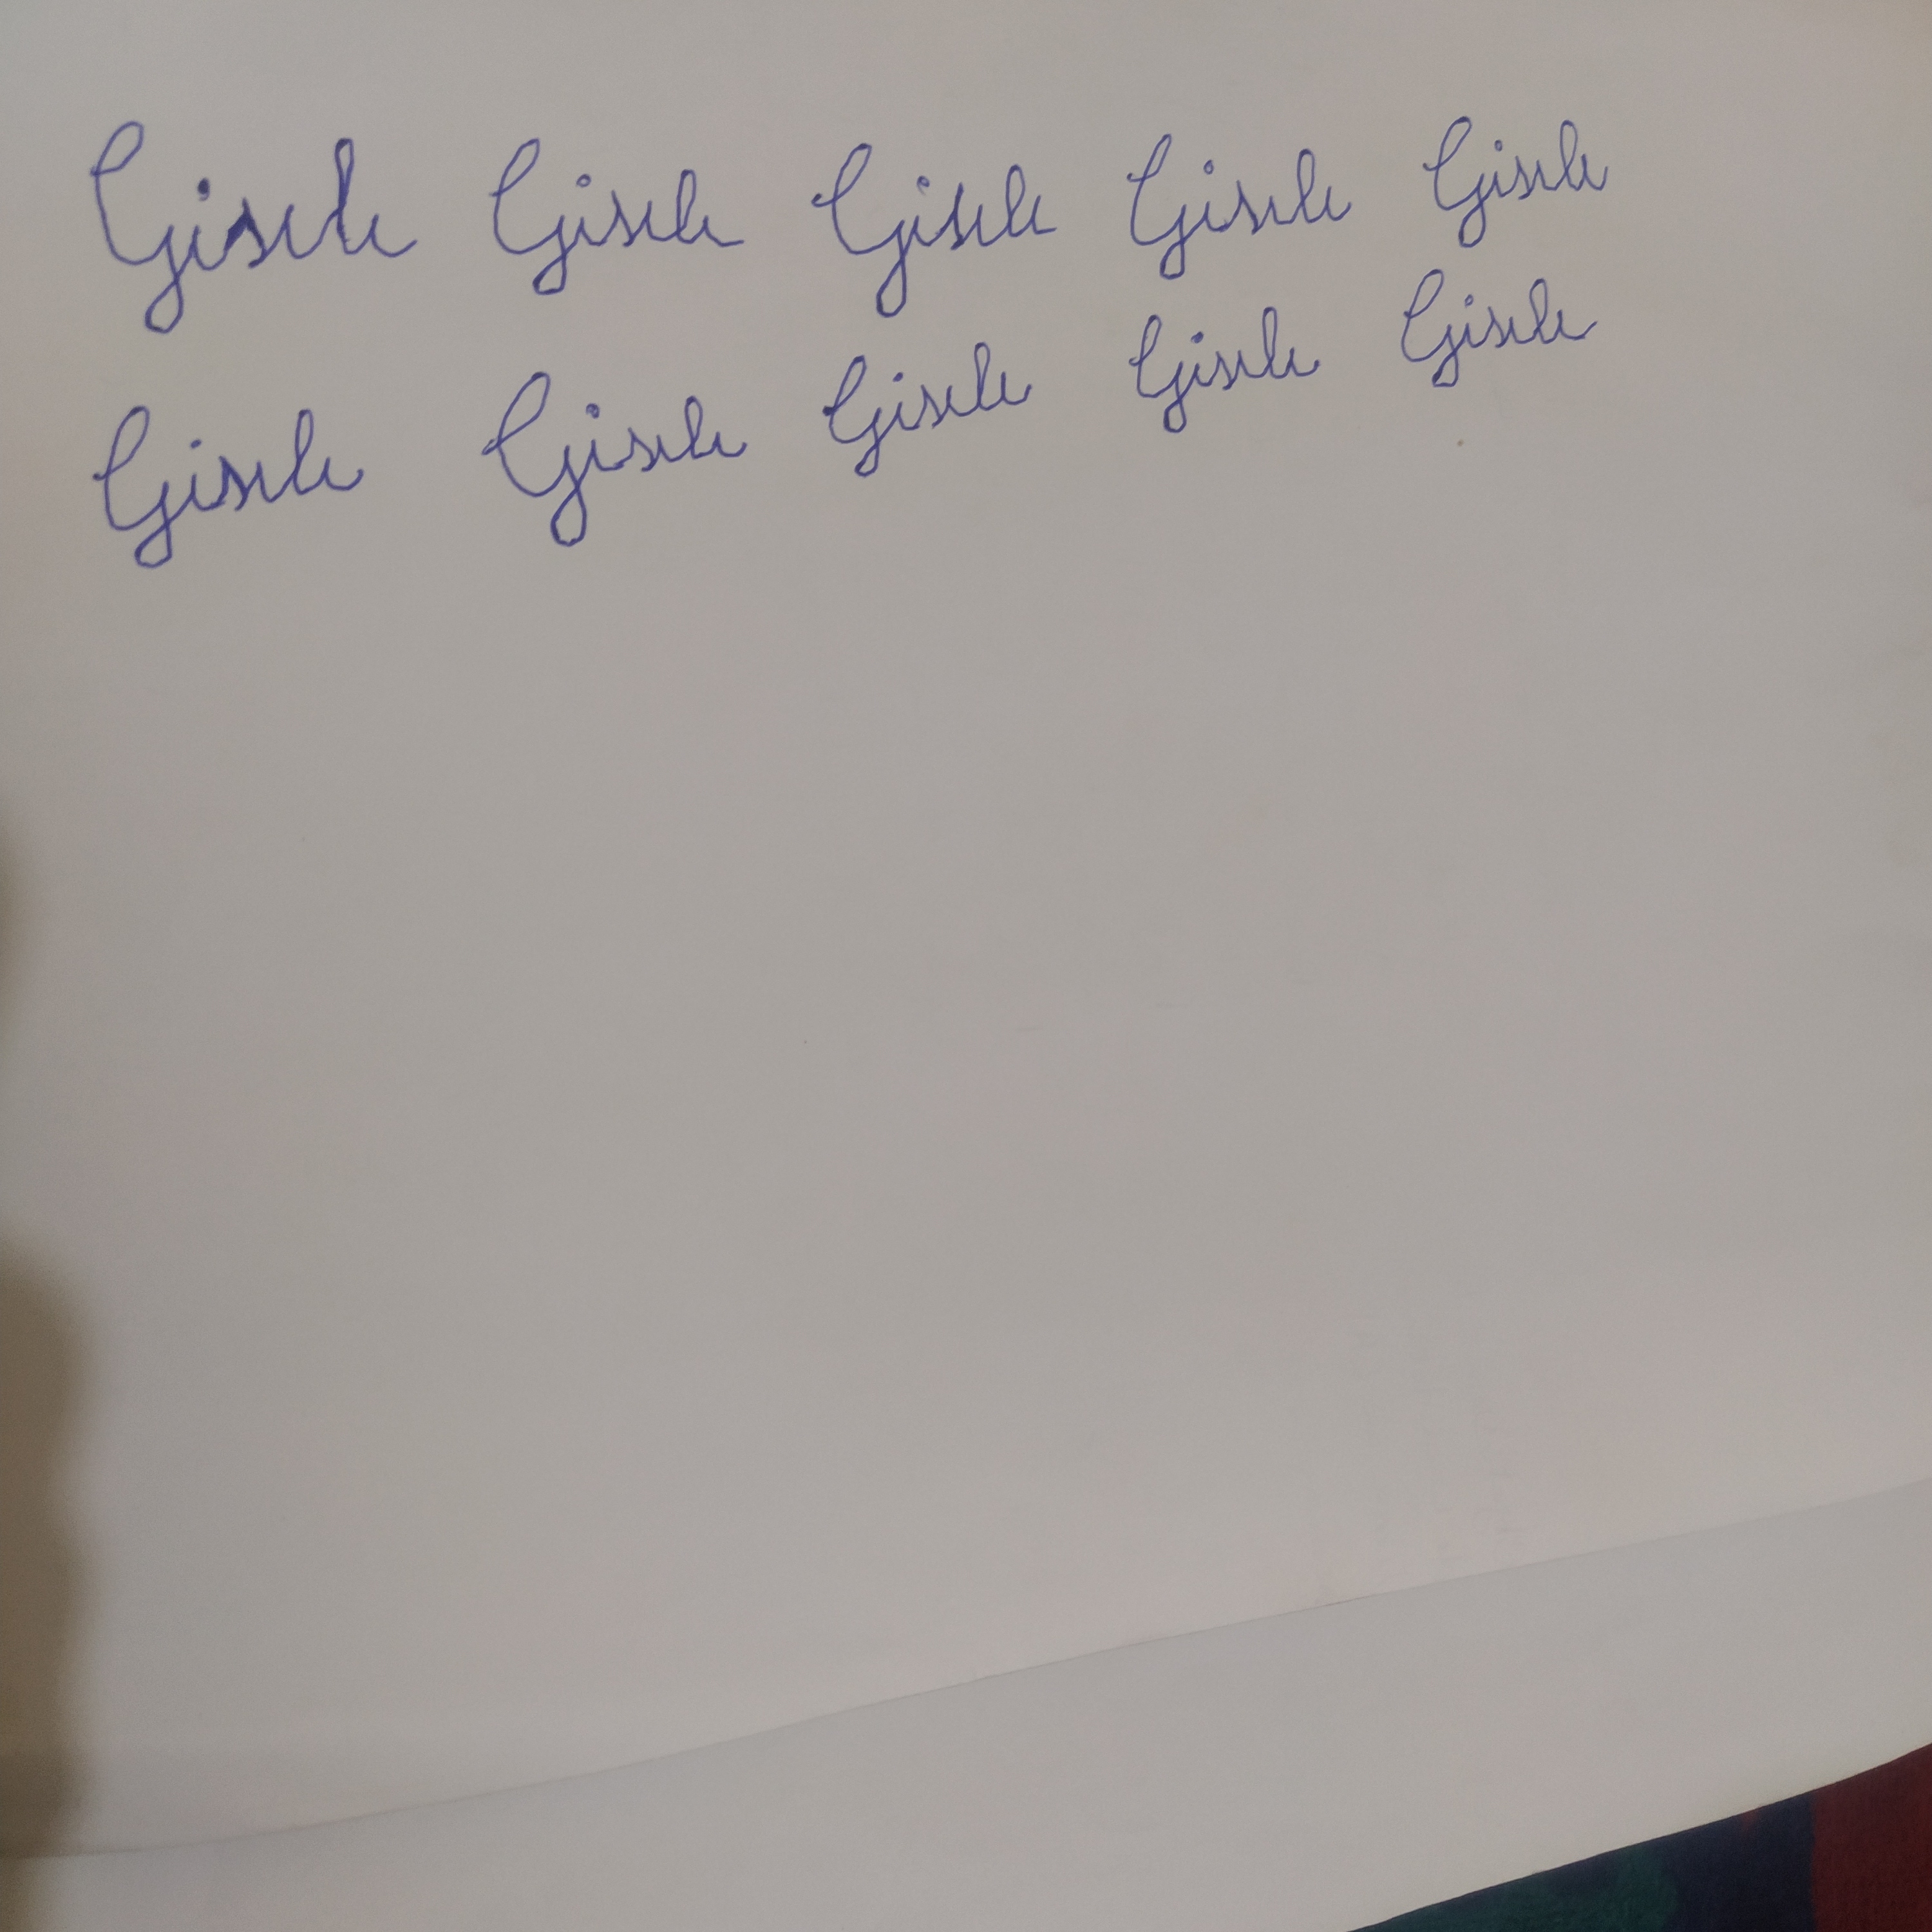
Signature authenticity: forged